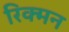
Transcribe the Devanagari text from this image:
रिक्मन